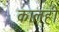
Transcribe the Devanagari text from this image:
कालही